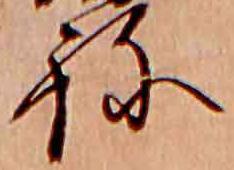
ね